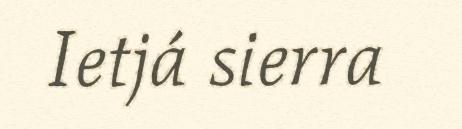
Ietjá sierra